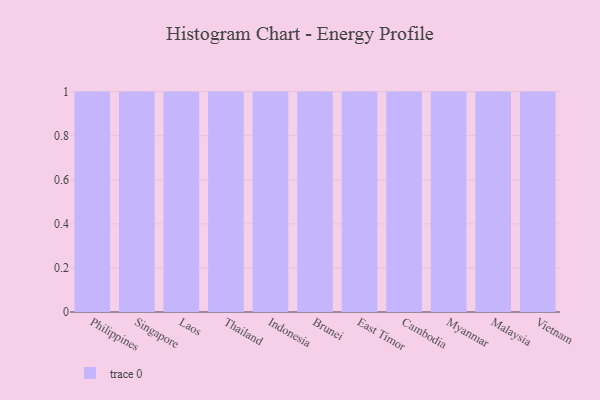
{"axis": {"x": "Country", "y": "Conversion Rate (%)"}, "legend": [""], "data": [{"x": "Philippines", "y": 90, "type": ""}, {"x": "Singapore", "y": 55, "type": ""}, {"x": "Laos", "y": 25, "type": ""}, {"x": "Thailand", "y": 75, "type": ""}, {"x": "Indonesia", "y": 12, "type": ""}, {"x": "Brunei", "y": 80, "type": ""}, {"x": "East Timor", "y": 6, "type": ""}, {"x": "Cambodia", "y": 93, "type": ""}, {"x": "Myanmar", "y": 96, "type": ""}, {"x": "Malaysia", "y": 18, "type": ""}, {"x": "Vietnam", "y": 75, "type": ""}]}